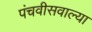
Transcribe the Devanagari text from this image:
पंचवीसवाल्या